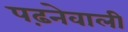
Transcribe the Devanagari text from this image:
पढ़नेवाली